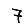
Digit: 7